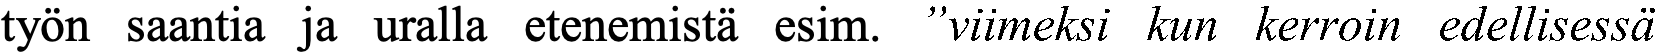
työn saantia ja uralla etenemistä esim. ”viimeksi kun kerroin edellisessä